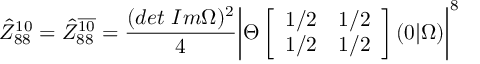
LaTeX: \hat { Z } _ { 8 8 } ^ { 1 0 } = \hat { Z } _ { 8 8 } ^ { \overline { { { 1 0 } } } } = \frac { ( d e t \ I m \Omega ) ^ { 2 } } { 4 } \biggl \vert \Theta \left[ \begin{array} { l l } { { 1 / 2 } } & { { 1 / 2 } } \\ { { 1 / 2 } } & { { 1 / 2 } } \end{array} \right] ( 0 \vert \Omega ) \biggr \vert ^ { 8 }